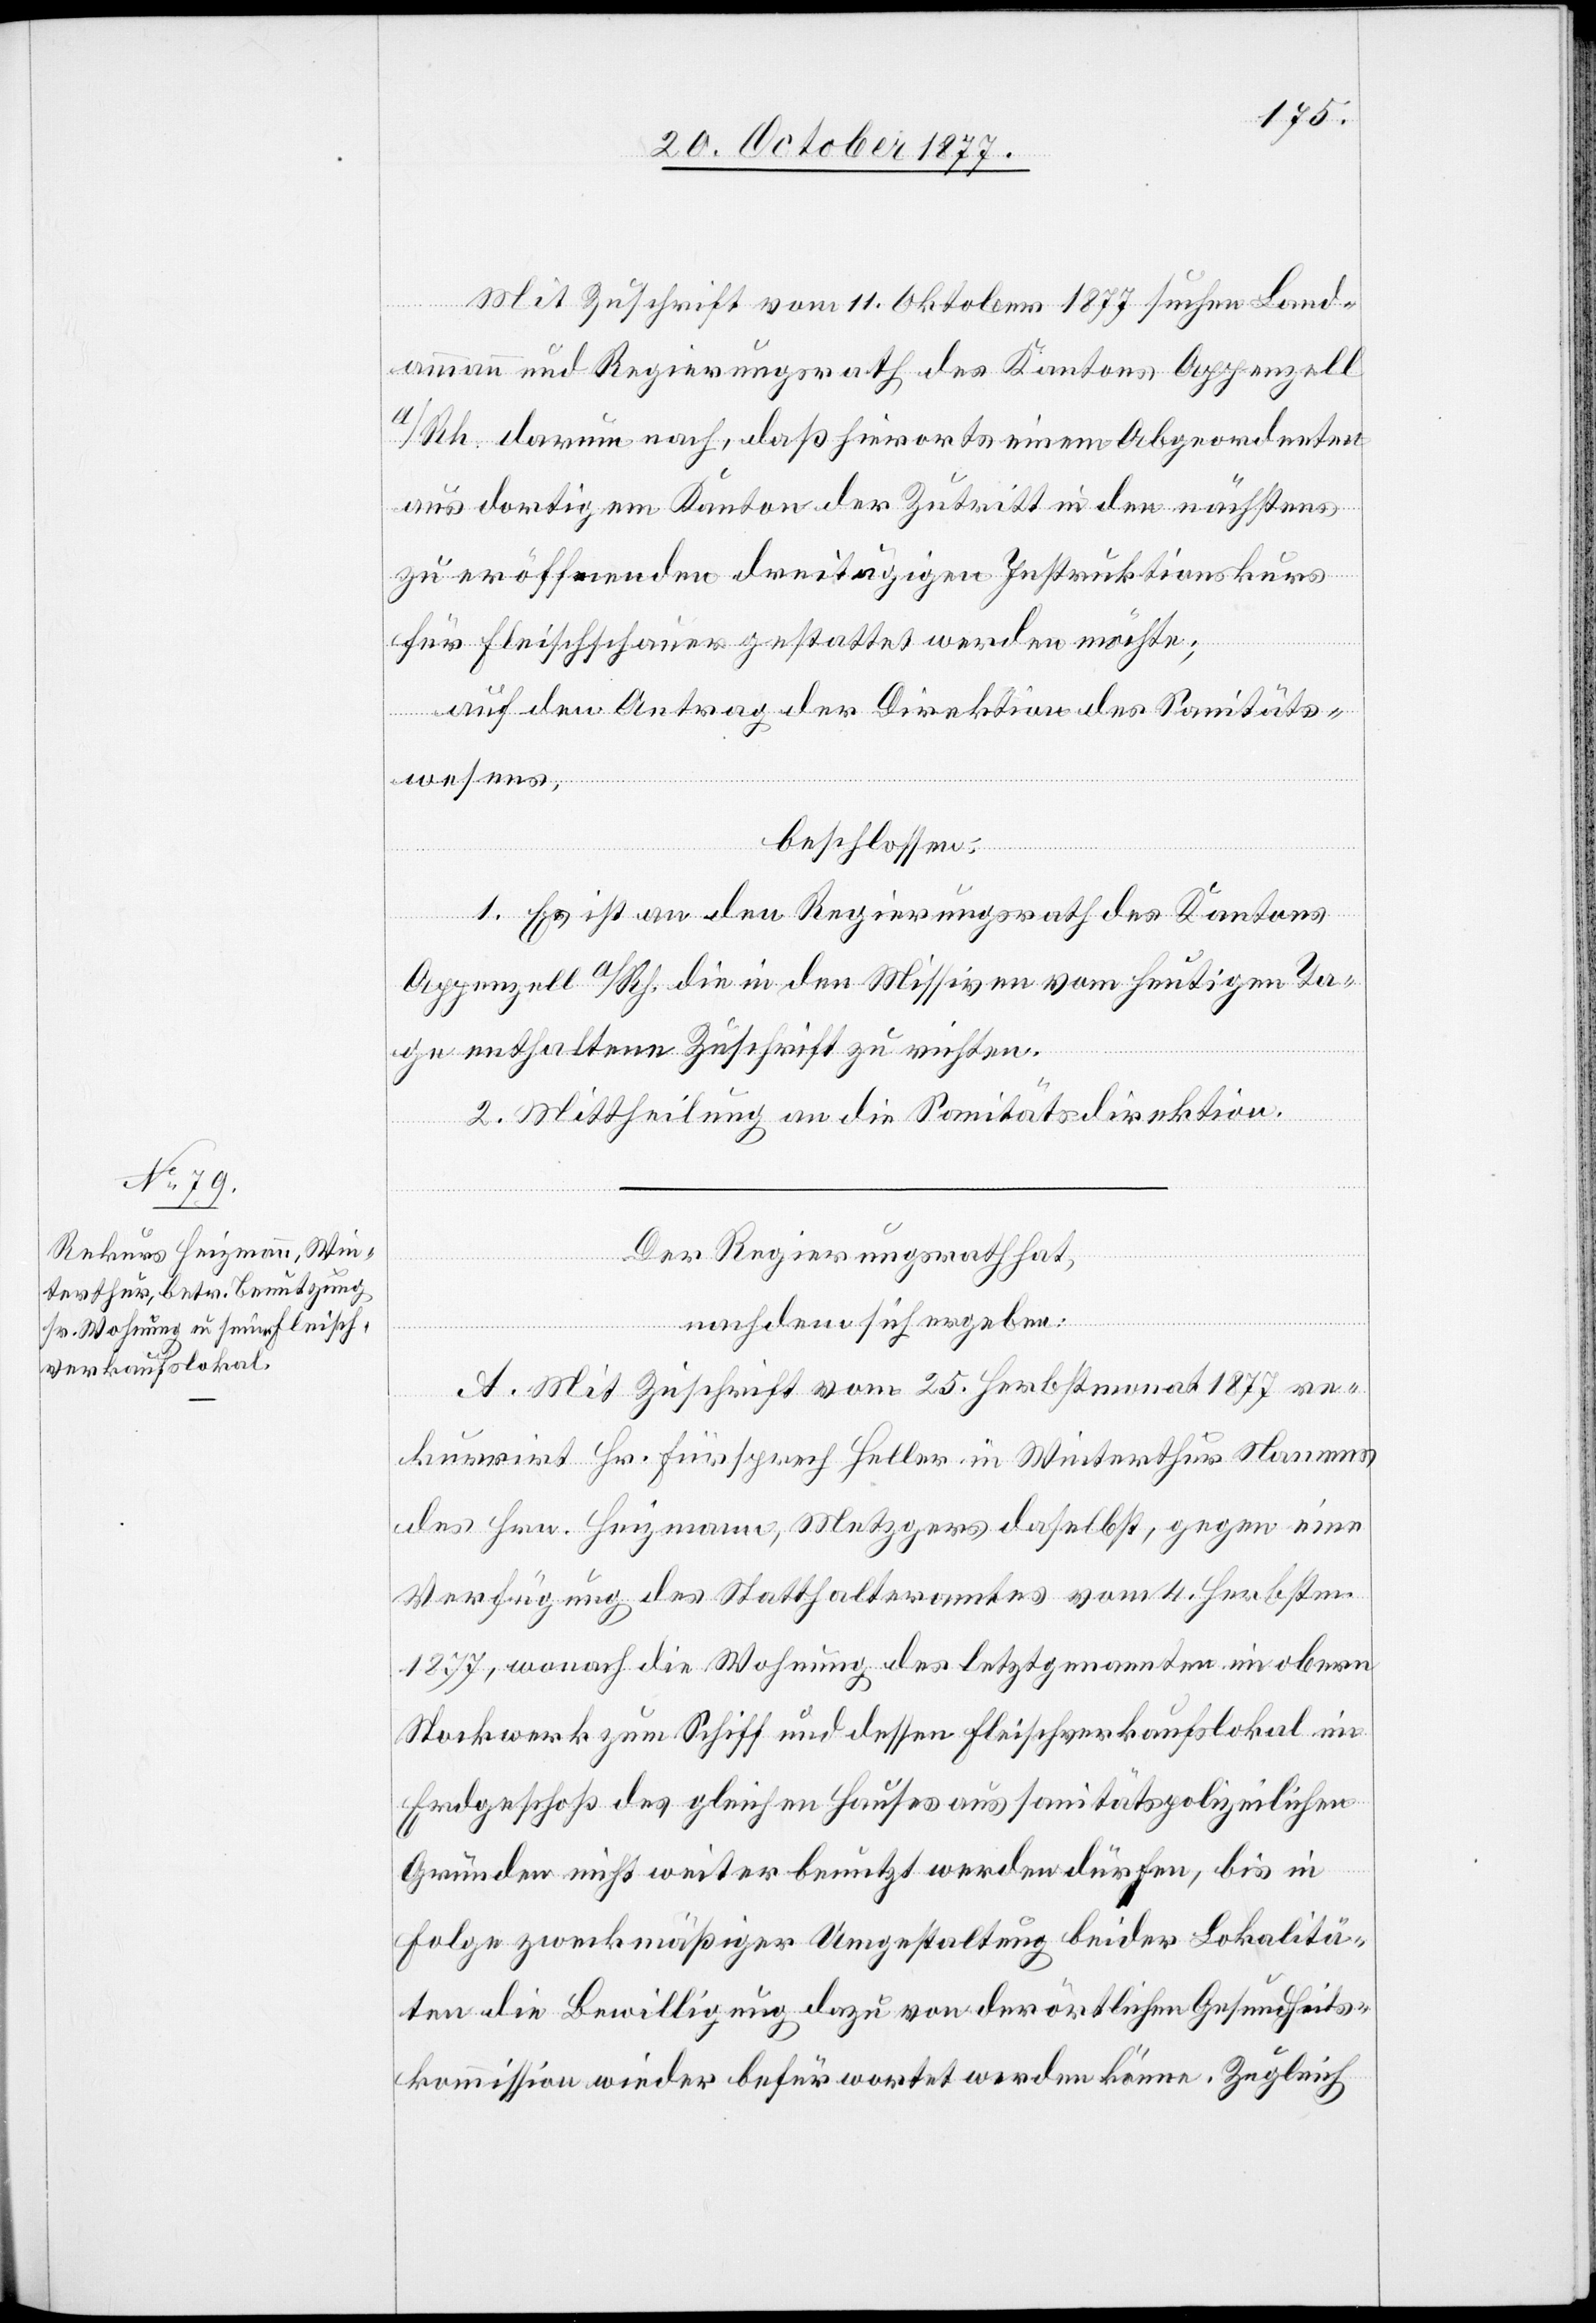
Mit Zuschrift vom 11. Oktober 1877 suchen Land¬
ammann und Regierungsrath des Kantons Appenzell
A/Rh. darum nach, daß hierorts einem Abgeordneten
aus dortigem Kanton der Zutritt in den nächstens
zu eröffnenden dreitägigen Instruktionskurs
für Fleischschauer gestattet werden möchte;
auf den Antrag der Direktion des Sanitäts¬
wesens,
beschlossen:
1. Es ist an den Regierungsrath des Kantons
Appenzell A/Rh. die in den Missiven vom heutigen Ta¬
ge enthaltene Zuschrift zu richten.
2. Mittheilung an die Sanitätsdirektion.
Der Regierungsrath hat,
nachdem sich ergeben:
A. Mit Zuschrift vom 25. Herbstmonat 1877 re¬
kurrirt Hr. Fürsprech Heller in Winterthur Namens
des Hrn. Heizmann, Metzgers daselbst, gegen eine
Verfügung des Statthalteramtes vom 4. Herbstm.
1877, wonach die Wohnung des letztgenannten im obern
Stockwerk zum Schiff und dessen Fleischverkaufslokal im
Erdgeschoß des gleichen Hauses aus sanitätspolizeilichen
Gründen nicht weiter benutzt werden dürfen, bis in
Folge zweckmäßiger Umgestaltung beider Lokalitä¬
ten die Bewilligung dazu von der örtlichen Gesundheits¬
kommission wieder befürwortet werden könne. Zugleich